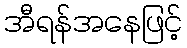
အီရန်အနေဖြင့်